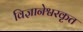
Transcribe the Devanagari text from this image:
विज्ञानेश्वरकृत